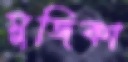
মুজিকা